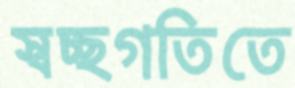
স্বচ্ছগতিতে